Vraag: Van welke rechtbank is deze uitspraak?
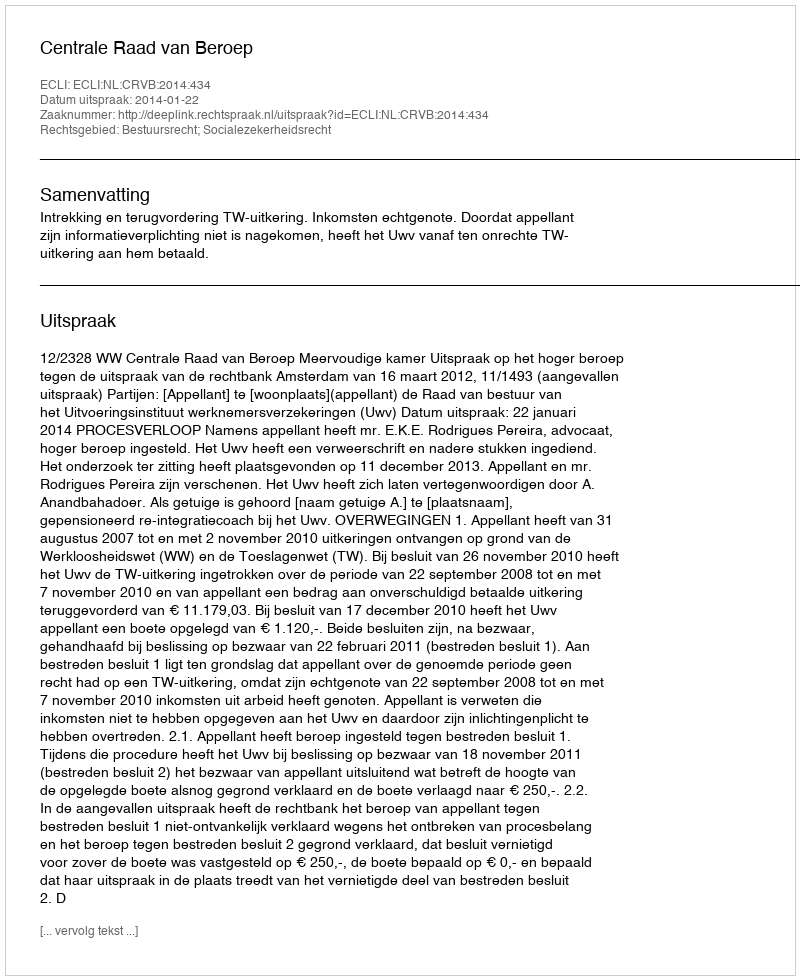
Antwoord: Centrale Raad van Beroep